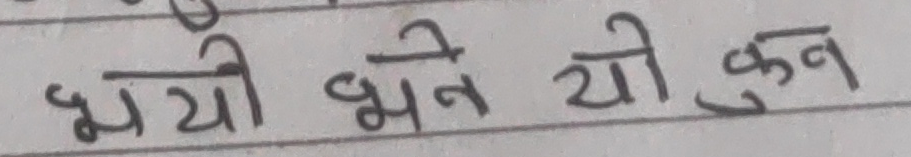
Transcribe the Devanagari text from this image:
भयो भने यो कुन